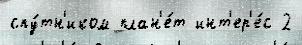
спу́тн'иком план'е́т инт'ер'е́с 2